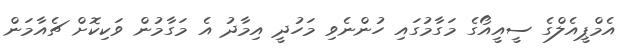
އެމްޕީއެލްގެ ސީއީއޯގެ މަގާމުގައި ހުންނެވި މަހުދީ އިމާދު އެ މަގާމުން ވަކިކޮށް ޗެއާމަން